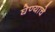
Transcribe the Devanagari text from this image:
घेण्‍याचे